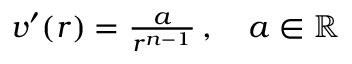
\begin{array} { r } { v ^ { \prime } ( r ) = \frac { a } { r ^ { n - 1 } } \, , \quad a \in \mathbb { R } } \end{array}